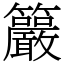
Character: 䉷